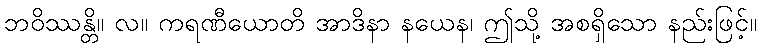
ဘဝိဿန္တိ။ လ။ ကရဏီယောတိ အာဒိနာ နယေန၊ ဤသို့ အစရှိသော နည်းဖြင့်။